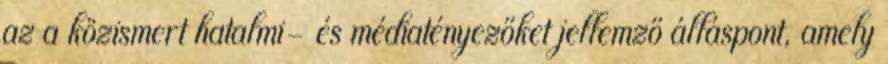
az a közismert hatalmi- és médiatényezőket jellemző álláspont, amely